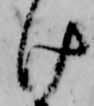
け